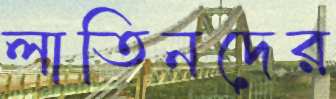
লাতিনদের